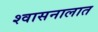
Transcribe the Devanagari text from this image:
श्वासनालात